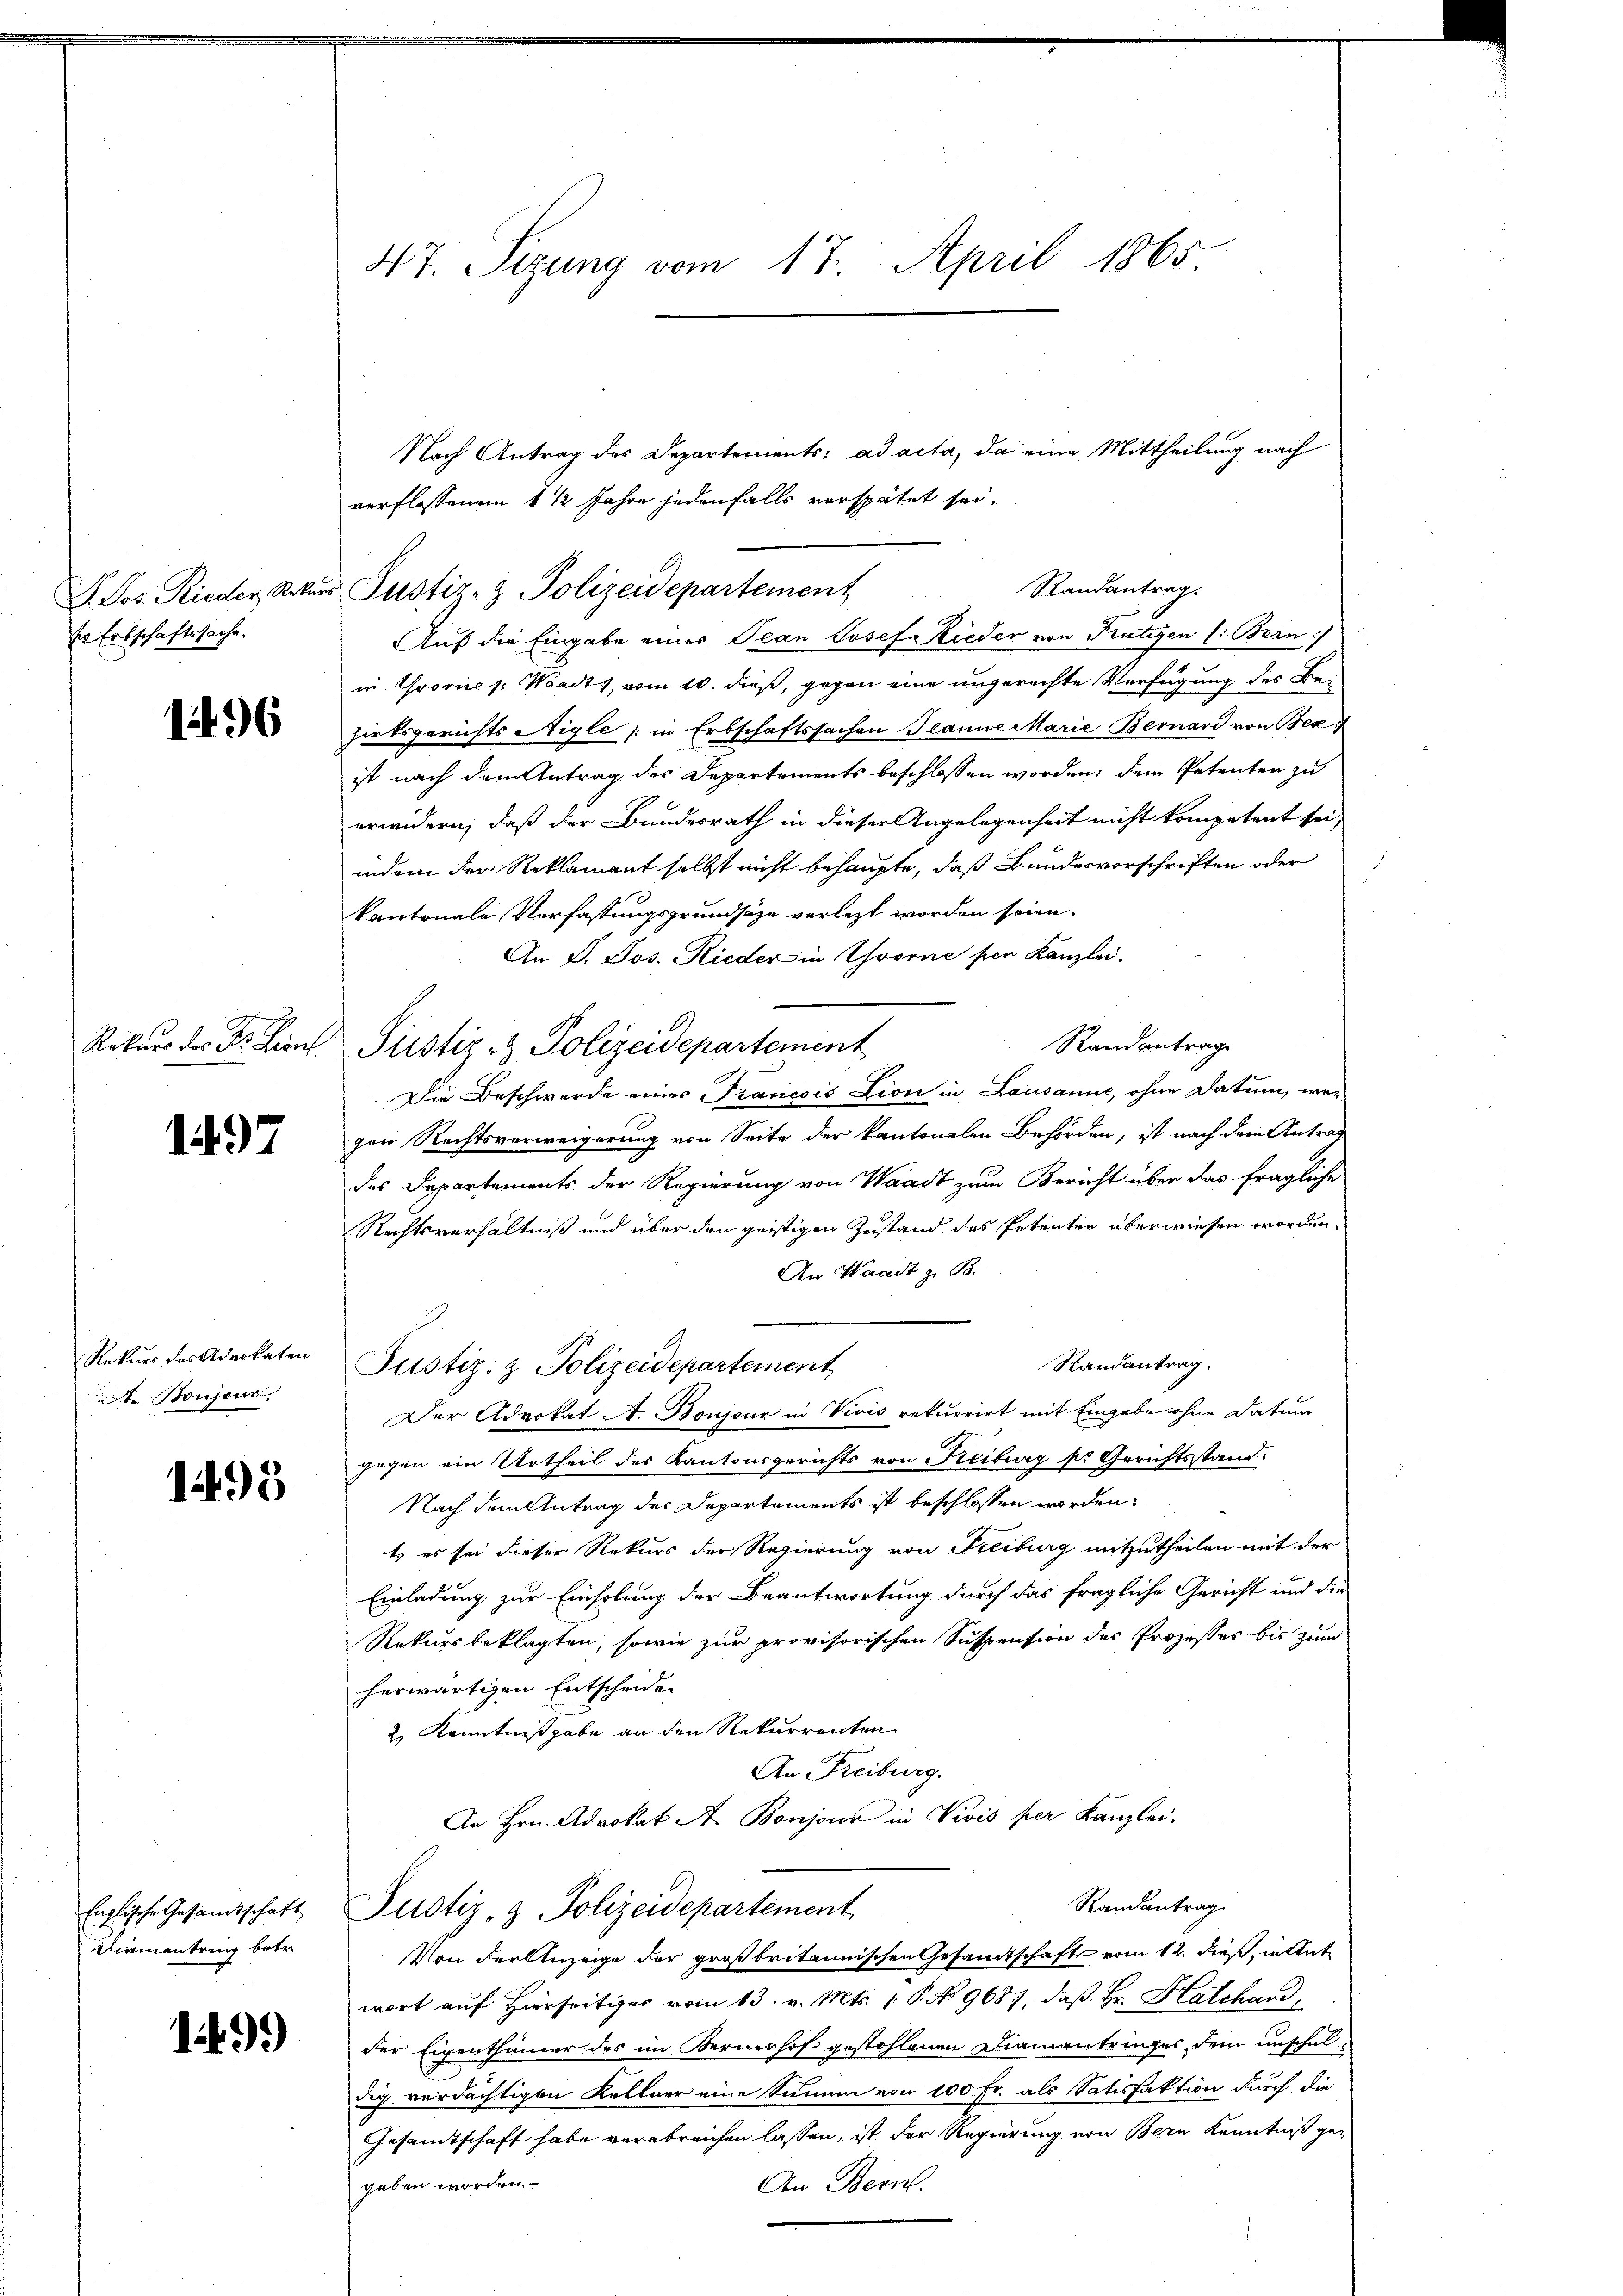
1496

ser Erbschaftssache.

1497

Boujour

1495

Kramentring betr.

199)

47. Sizung vom 17. April 1865

Nach Antrag des Departements: ad acta, da eine Mittheilung nach
verflossenem 1 ½ Jahre jedenfalls verspätet sei.
Auf die Eingabe einer Oean Josef Rieder von Frutigen l. Bern
in Yvornes: Waadt, vom 10. dieß, gegen eine ungerechte Verfügung des Bezirksgerichts Aigle (in Erbschaftssachen Planne Marie Bernard von Bez
ist nach dem Antrag des Departements beschlossen worden, dem Petenten zu
erwidern, daß der Bundesrath in dieser Angelegenheit nicht kompetent sei,
indem der Reklamant selbst nicht behaupte, daß Bundesvorschriften oder
s
kantonale Verfassungsgrundsätze verletzt worden seien.
An P. Jos. Rieder in Yvorne per Kanzlei.
Randantrage
Die Beschwerde eines Francois Lion in Lausanne, ohne Datum, wen
gen Rechtsverweigerung von Seite der kantonalen Behörden, ist nach dem Antrag
des Departements der Regierung von Waadt zum Bericht über das fragliche
Rechtsverhältniß und über den geistigen Zustand des Petenten überwiesen worden.
An Waadt z. B.
Rekŭrs des Advokaten Justiz- & Polizeidepartement
Randantrag.
Der Advokat A. Boujour in Vivis rekurrirt mit Eingabe ohne Datum
gegen ein Urtheil des Kantonsgerichts von Freiburg pr Gerichtsstand.
Nach dem Antrag des Departements ist beschlossen worden.
t es sei dieser Rekurs der Regierung von Freiburg mitzutheilen mit der
Einladung zur Einholung der Beantwortung durch das fragliche Gericht und die
Rekursbeklagten, sowie zur provisorischen Suspension der Prozesses bis zum
herwärtigen Entscheiden
2.) Kenntnißgabe an den Rekurrenten
An Freiburg.
An Hrn. Advokat A. Bonjour in Vivis per Kanzlei,
Randantrag
Englische Gesandtschaft Justiz- & Polizeidepartement
Von der Anzeige der großbritannischen Gesandtschaft vom 12. dieß, in Ant
wort auf Hierseitiger vom 13. v. Mts. 1. P. No 9687, daß Hr. Hatchand
der Eigenthümer des im Bernerhof gestohlenen Diamantringes dem unschuldig verdächtigen Kellner eine Summe von 100 Fr. als Satisfaktion durch die
Gesamtschaft habe verabreichen lassen, ist der Regierung von Bern Kenntniß gegeben worden.
An Bern.

. Jos. Rieder Rekurs Justiz- & Polizeidepartement

Rekurs des Dr. Hiene Sistig & Polizeidepartement

Randantrag.